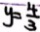
y = \frac { 4 } { 3 }